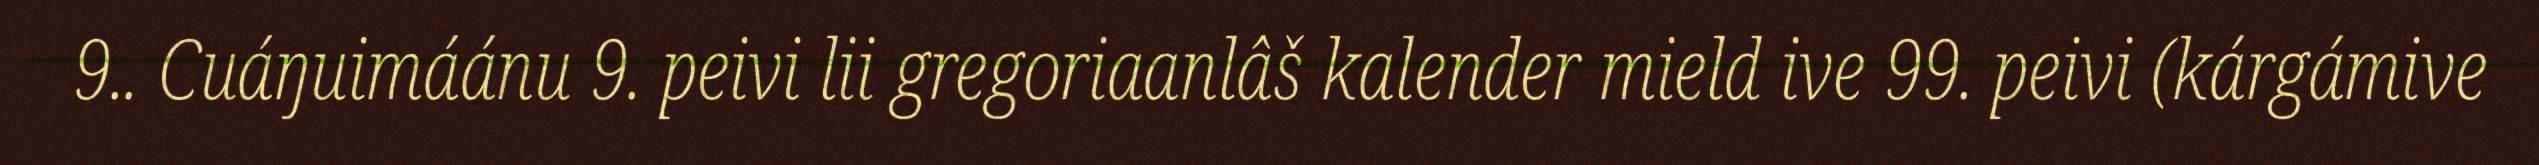
9.. Cuáŋuimáánu 9. peivi lii gregoriaanlâš kalender mield ive 99. peivi (kárgámive